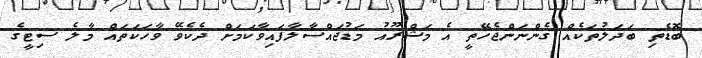
ބޮޑެތި ބަދަލުތަކެއް ގެންނަންޖެހޭތީ އެ މަޝްރޫއު މަޑުޖައްސާލާފައިވާކަމަށް ދެކެވޭ ވާހަކަތައް މާލެ ސިޓީގެ